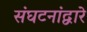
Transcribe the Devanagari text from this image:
संघटनांद्वारे